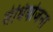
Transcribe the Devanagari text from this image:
संधियोजना